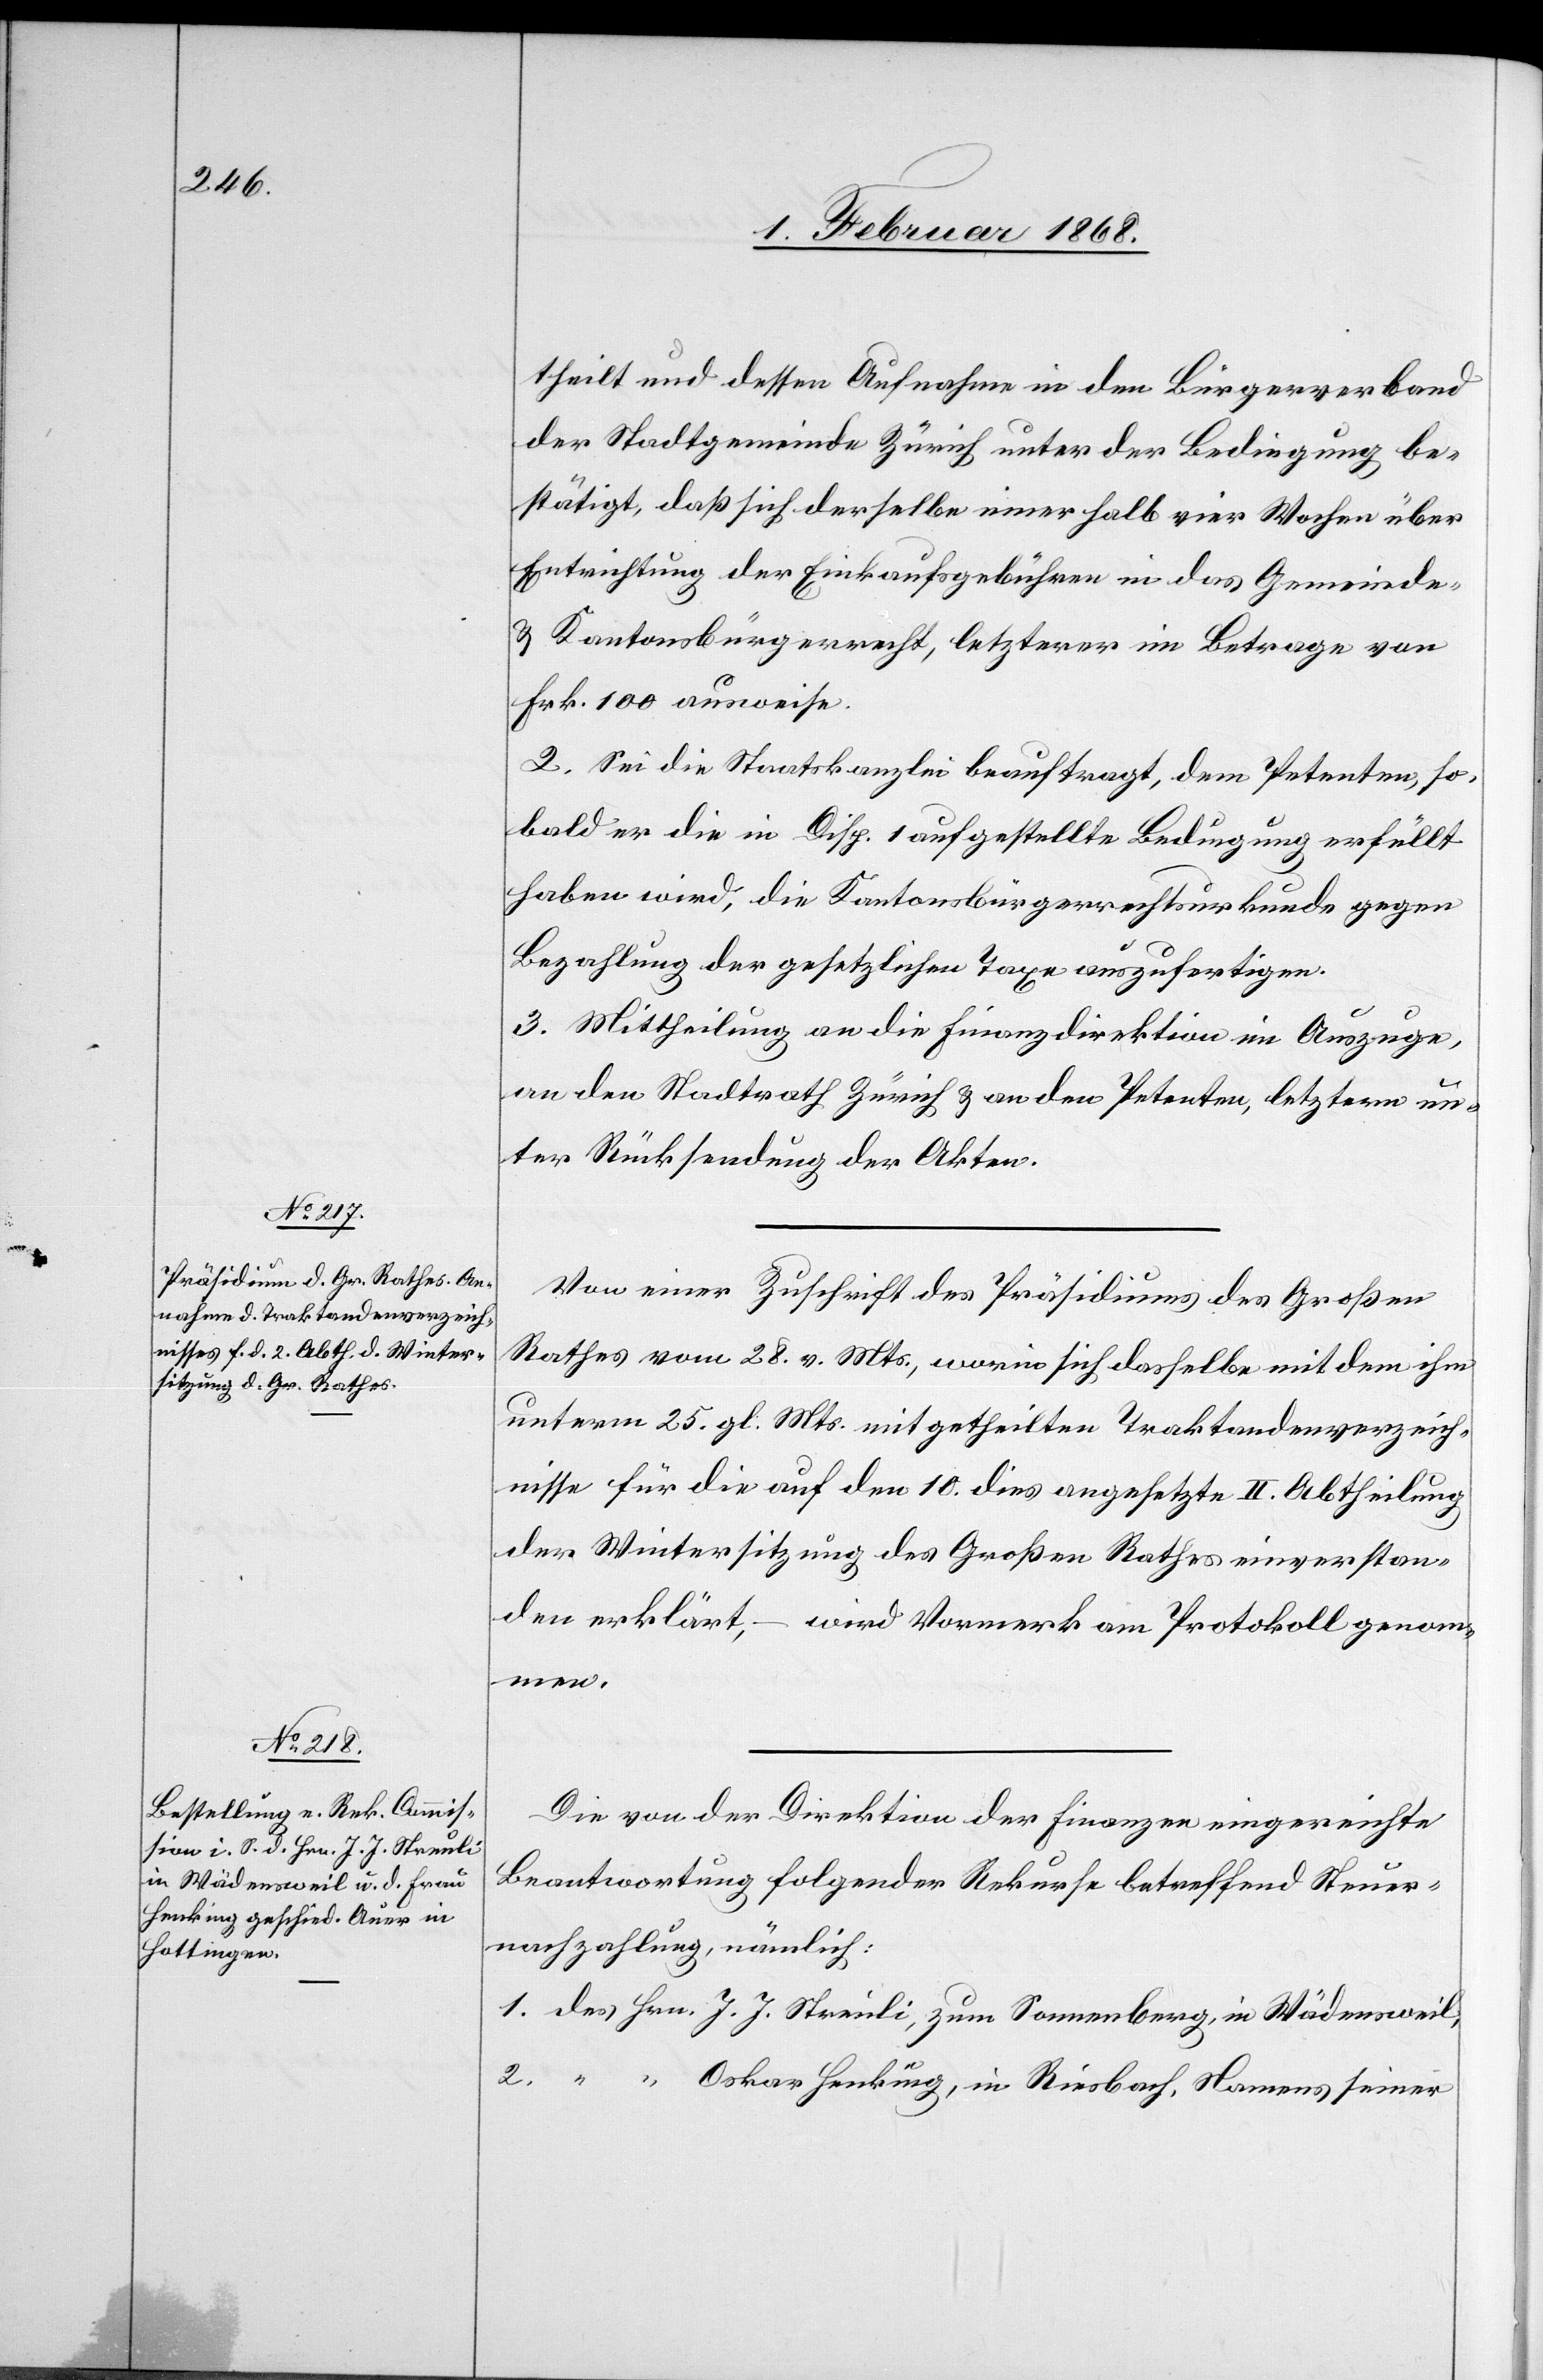
theilt und dessen Aufnahme in den Bürgerverband
der Stadtgemeinde Zürich unter der Bedingung be¬
stätigt, daß sich derselbe innerhalb vier Wochen über
Entrichtung der Einkaufsgebühren in das Gemeinde-
& Kantonsbürgerrecht, letzterer im Betrage von
Frk. 100 ausweise.
2. Sei die Staatskanzlei beauftragt, dem Petenten, so¬
bald er die in Disp. 1 aufgestellte Bedingung erfüllt
haben wird, die Kantonsbürgerrechtsurkunde gegen
Bezahlung der gesetzlichen Taxe auszufertigen.
3. Mittheilung an die Finanzdirektion im Auszuge,
an den Stadtrath Zürich & an den Petenten, letztern un¬
ter Rücksendung der Akten.
Von einer Zuschrift des Präsidiums des Großen
Rathes vom 28. v. Mts., worin sich dasselbe mit dem ihm
unterm 25. gl. Mts. mitgetheilten Traktandenverzeich¬
nisse für die auf den 10. dies angesetzte II. Abtheilung
der Wintersitzung des Großen Rathes einverstan¬
den erklärt, – wird Vormerk am Protokoll genom¬
men.
Die von der Direktion der Finanzen eingereichte
Beantwortung folgender Rekurse betreffend Steuer¬
nachzahlung, nämlich:
des Hrn. J. J. Streuli, zum Sonnenberg, in Wädensweil,
“ “ Oskar Henking, in Riesbach, Namens seiner